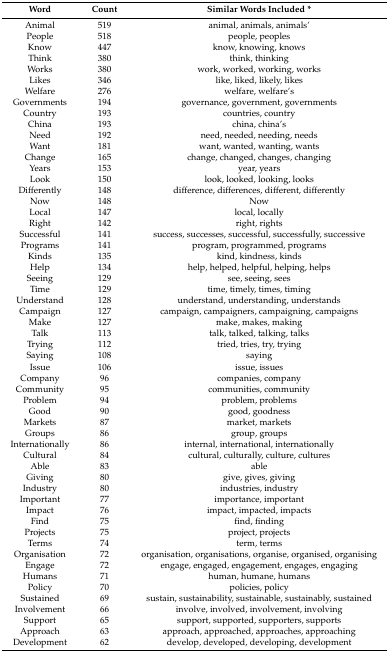
<table><thead><tr><td><b>Word</b></td><td><b>Count</b></td><td><b>Similar Words Included *</b></td></tr></thead><tbody><tr><td>Animal</td><td>519</td><td>animal, animals, animals’</td></tr><tr><td>People</td><td>518</td><td>people, peoples</td></tr><tr><td>Know</td><td>447</td><td>know, knowing, knows</td></tr><tr><td>Think</td><td>380</td><td>think, thinking</td></tr><tr><td>Works</td><td>380</td><td>work, worked, working, works</td></tr><tr><td>Likes</td><td>346</td><td>like, liked, likely, likes</td></tr><tr><td>Welfare</td><td>276</td><td>welfare, welfare’s</td></tr><tr><td>Governments</td><td>194</td><td>governance, government, governments</td></tr><tr><td>Country</td><td>193</td><td>countries, country</td></tr><tr><td>China</td><td>193</td><td>china, china’s</td></tr><tr><td>Need</td><td>192</td><td>need, needed, needing, needs</td></tr><tr><td>Want</td><td>181</td><td>want, wanted, wanting, wants</td></tr><tr><td>Change</td><td>165</td><td>change, changed, changes, changing</td></tr><tr><td>Years</td><td>153</td><td>year, years</td></tr><tr><td>Look</td><td>150</td><td>look, looked, looking, looks</td></tr><tr><td>Differently</td><td>148</td><td>difference, differences, different, differently</td></tr><tr><td>Now</td><td>148</td><td>Now</td></tr><tr><td>Local</td><td>147</td><td>local, locally</td></tr><tr><td>Right</td><td>142</td><td>right, rights</td></tr><tr><td>Successful</td><td>141</td><td>success, successes, successful, successfully, successive</td></tr><tr><td>Programs</td><td>141</td><td>program, programmed, programs</td></tr><tr><td>Kinds</td><td>135</td><td>kind, kindness, kinds</td></tr><tr><td>Help</td><td>134</td><td>help, helped, helpful, helping, helps</td></tr><tr><td>Seeing</td><td>129</td><td>see, seeing, sees</td></tr><tr><td>Time</td><td>129</td><td>time, timely, times, timing</td></tr><tr><td>Understand</td><td>128</td><td>understand, understanding, understands</td></tr><tr><td>Campaign</td><td>127</td><td>campaign, campaigners, campaigning, campaigns</td></tr><tr><td>Make</td><td>127</td><td>make, makes, making</td></tr><tr><td>Talk</td><td>113</td><td>talk, talked, talking, talks</td></tr><tr><td>Trying</td><td>112</td><td>tried, tries, try, trying</td></tr><tr><td>Saying</td><td>108</td><td>saying</td></tr><tr><td>Issue</td><td>106</td><td>issue, issues</td></tr><tr><td>Company</td><td>96</td><td>companies, company</td></tr><tr><td>Community</td><td>95</td><td>communities, community</td></tr><tr><td>Problem</td><td>94</td><td>problem, problems</td></tr><tr><td>Good</td><td>90</td><td>good, goodness</td></tr><tr><td>Markets</td><td>87</td><td>market, markets</td></tr><tr><td>Groups</td><td>86</td><td>group, groups</td></tr><tr><td>Internationally</td><td>86</td><td>internal, international, internationally</td></tr><tr><td>Cultural</td><td>84</td><td>cultural, culturally, culture, cultures</td></tr><tr><td>Able</td><td>83</td><td>able</td></tr><tr><td>Giving</td><td>80</td><td>give, gives, giving</td></tr><tr><td>Industry</td><td>80</td><td>industries, industry</td></tr><tr><td>Important</td><td>77</td><td>importance, important</td></tr><tr><td>Impact</td><td>76</td><td>impact, impacted, impacts</td></tr><tr><td>Find</td><td>75</td><td>find, finding</td></tr><tr><td>Projects</td><td>75</td><td>project, projects</td></tr><tr><td>Terms</td><td>74</td><td>term, terms</td></tr><tr><td>Organisation</td><td>72</td><td>organisation, organisations, organise, organised, organising</td></tr><tr><td>Engage</td><td>72</td><td>engage, engaged, engagement, engages, engaging</td></tr><tr><td>Humans</td><td>71</td><td>human, humane, humans</td></tr><tr><td>Policy</td><td>70</td><td>policies, policy</td></tr><tr><td>Sustained</td><td>69</td><td>sustain, sustainability, sustainable, sustainably, sustained</td></tr><tr><td>Involvement</td><td>66</td><td>involve, involved, involvement, involving</td></tr><tr><td>Support</td><td>65</td><td>support, supported, supporters, supports</td></tr><tr><td>Approach</td><td>63</td><td>approach, approached, approaches, approaching</td></tr><tr><td>Development</td><td>62</td><td>develop, developed, developing, development</td></tr></tbody></table>